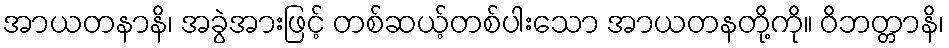
အာယတနာနိ၊ အခွဲအားဖြင့် တစ်ဆယ့်တစ်ပါးသော အာယတနတို့ကို။ ဝိဘတ္တာနိ၊